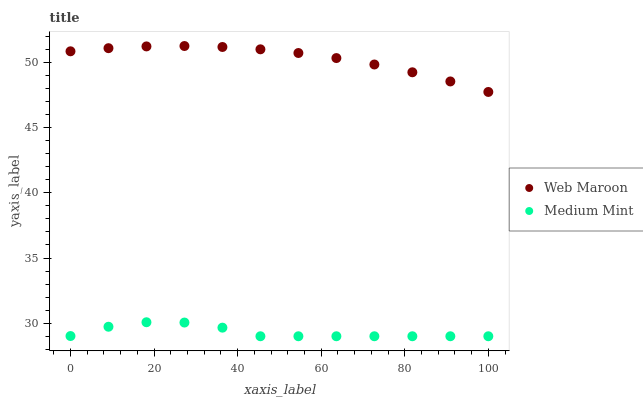
| xaxis_label | Web Maroon | Medium Mint |
 | --- | --- | --- |
 | 0 | 50.9 | 29 |
 | 9.09 | 51.1 | 29.7 |
 | 18.2 | 51.2 | 30.1 |
 | 27.3 | 51.3 | 30.1 |
 | 36.4 | 51.2 | 29.7 |
 | 45.5 | 51 | 29 |
 | 54.5 | 50.7 | 29 |
 | 63.6 | 50.3 | 29 |
 | 72.7 | 49.8 | 29 |
 | 81.8 | 49.2 | 29 |
 | 90.9 | 48.5 | 29 |
 | 100 | 47.7 | 29 |